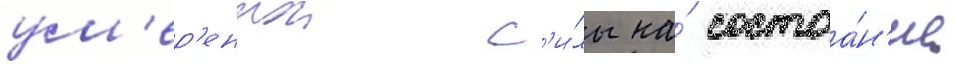
ум'ер'еннои с'и́лы на́ состоа́н'ие